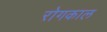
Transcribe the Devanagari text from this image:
रोगकाल